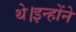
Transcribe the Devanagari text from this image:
थे।इन्होंने